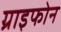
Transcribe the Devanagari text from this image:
ग्राइफोन